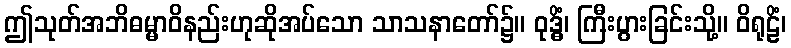
ဤသုတ်အဘိဓမ္မာဝိနည်းဟုဆိုအပ်သော သာသနာတော်၌။ ဝုဒ္ဓိံ၊ ကြီးပွားခြင်းသို့။ ဝိရုဠိံ၊